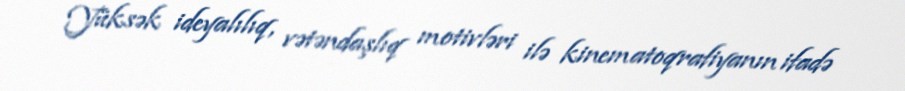
Yüksək ideyalılıq, vətəndaşlıq motivləri ilə kinematoqrafiyanın ifadə